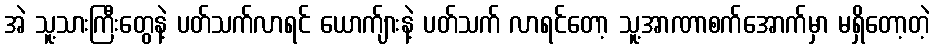
အဲ သူ့သားကြီးတွေနဲ့ ပတ်သက်လာရင် ယောက်ျားနဲ့ ပတ်သက် လာရင်တော့ သူ့အာဏာစက်အောက်မှာ မရှိတော့တဲ့